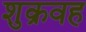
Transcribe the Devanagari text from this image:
शुक्रवह